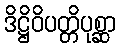
ဒိဋ္ဌိဝိပတ္တိပုစ္ဆာ